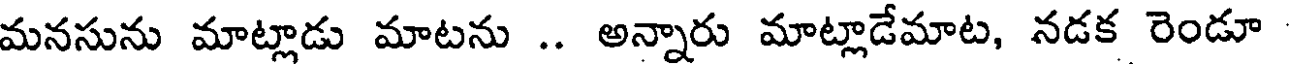
మనసును మాట్లాడు మాటను .. అన్నారు మాట్లాడేమాట, నడక రెండూ